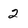
Character: 2